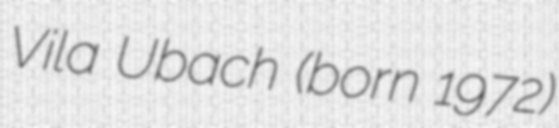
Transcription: Vila Ubach (born 1972)